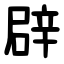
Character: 辟